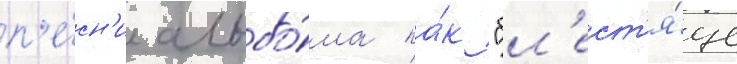
п'е́сн'и альбо́ма ка́к "бл'ест'я́ще